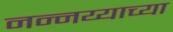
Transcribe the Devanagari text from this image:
नन्नय्याच्या